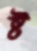
ষ্ট